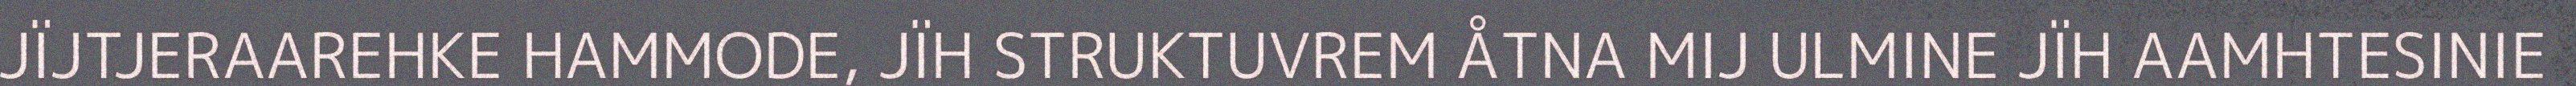
JÏJTJERAAREHKE HAMMODE, JÏH STRUKTUVREM ÅTNA MIJ ULMINE JÏH AAMHTESINIE